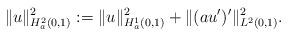
LaTeX: \begin{align*}\|u\|_{H^2_a(0,1)}^2:= \|u\|^2_{H^1_a(0,1)} +\|(au')'\|^2_{L^2(0,1)}.\end{align*}